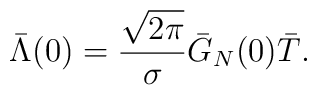
\bar\Lambda(0)=\frac{\sqrt{2\pi}}{\sigma}\bar G_N (0)\bar T.